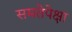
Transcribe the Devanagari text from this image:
समतेपेक्षा